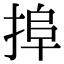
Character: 𢮒